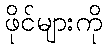
ဖိုင်များကို